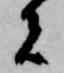
者